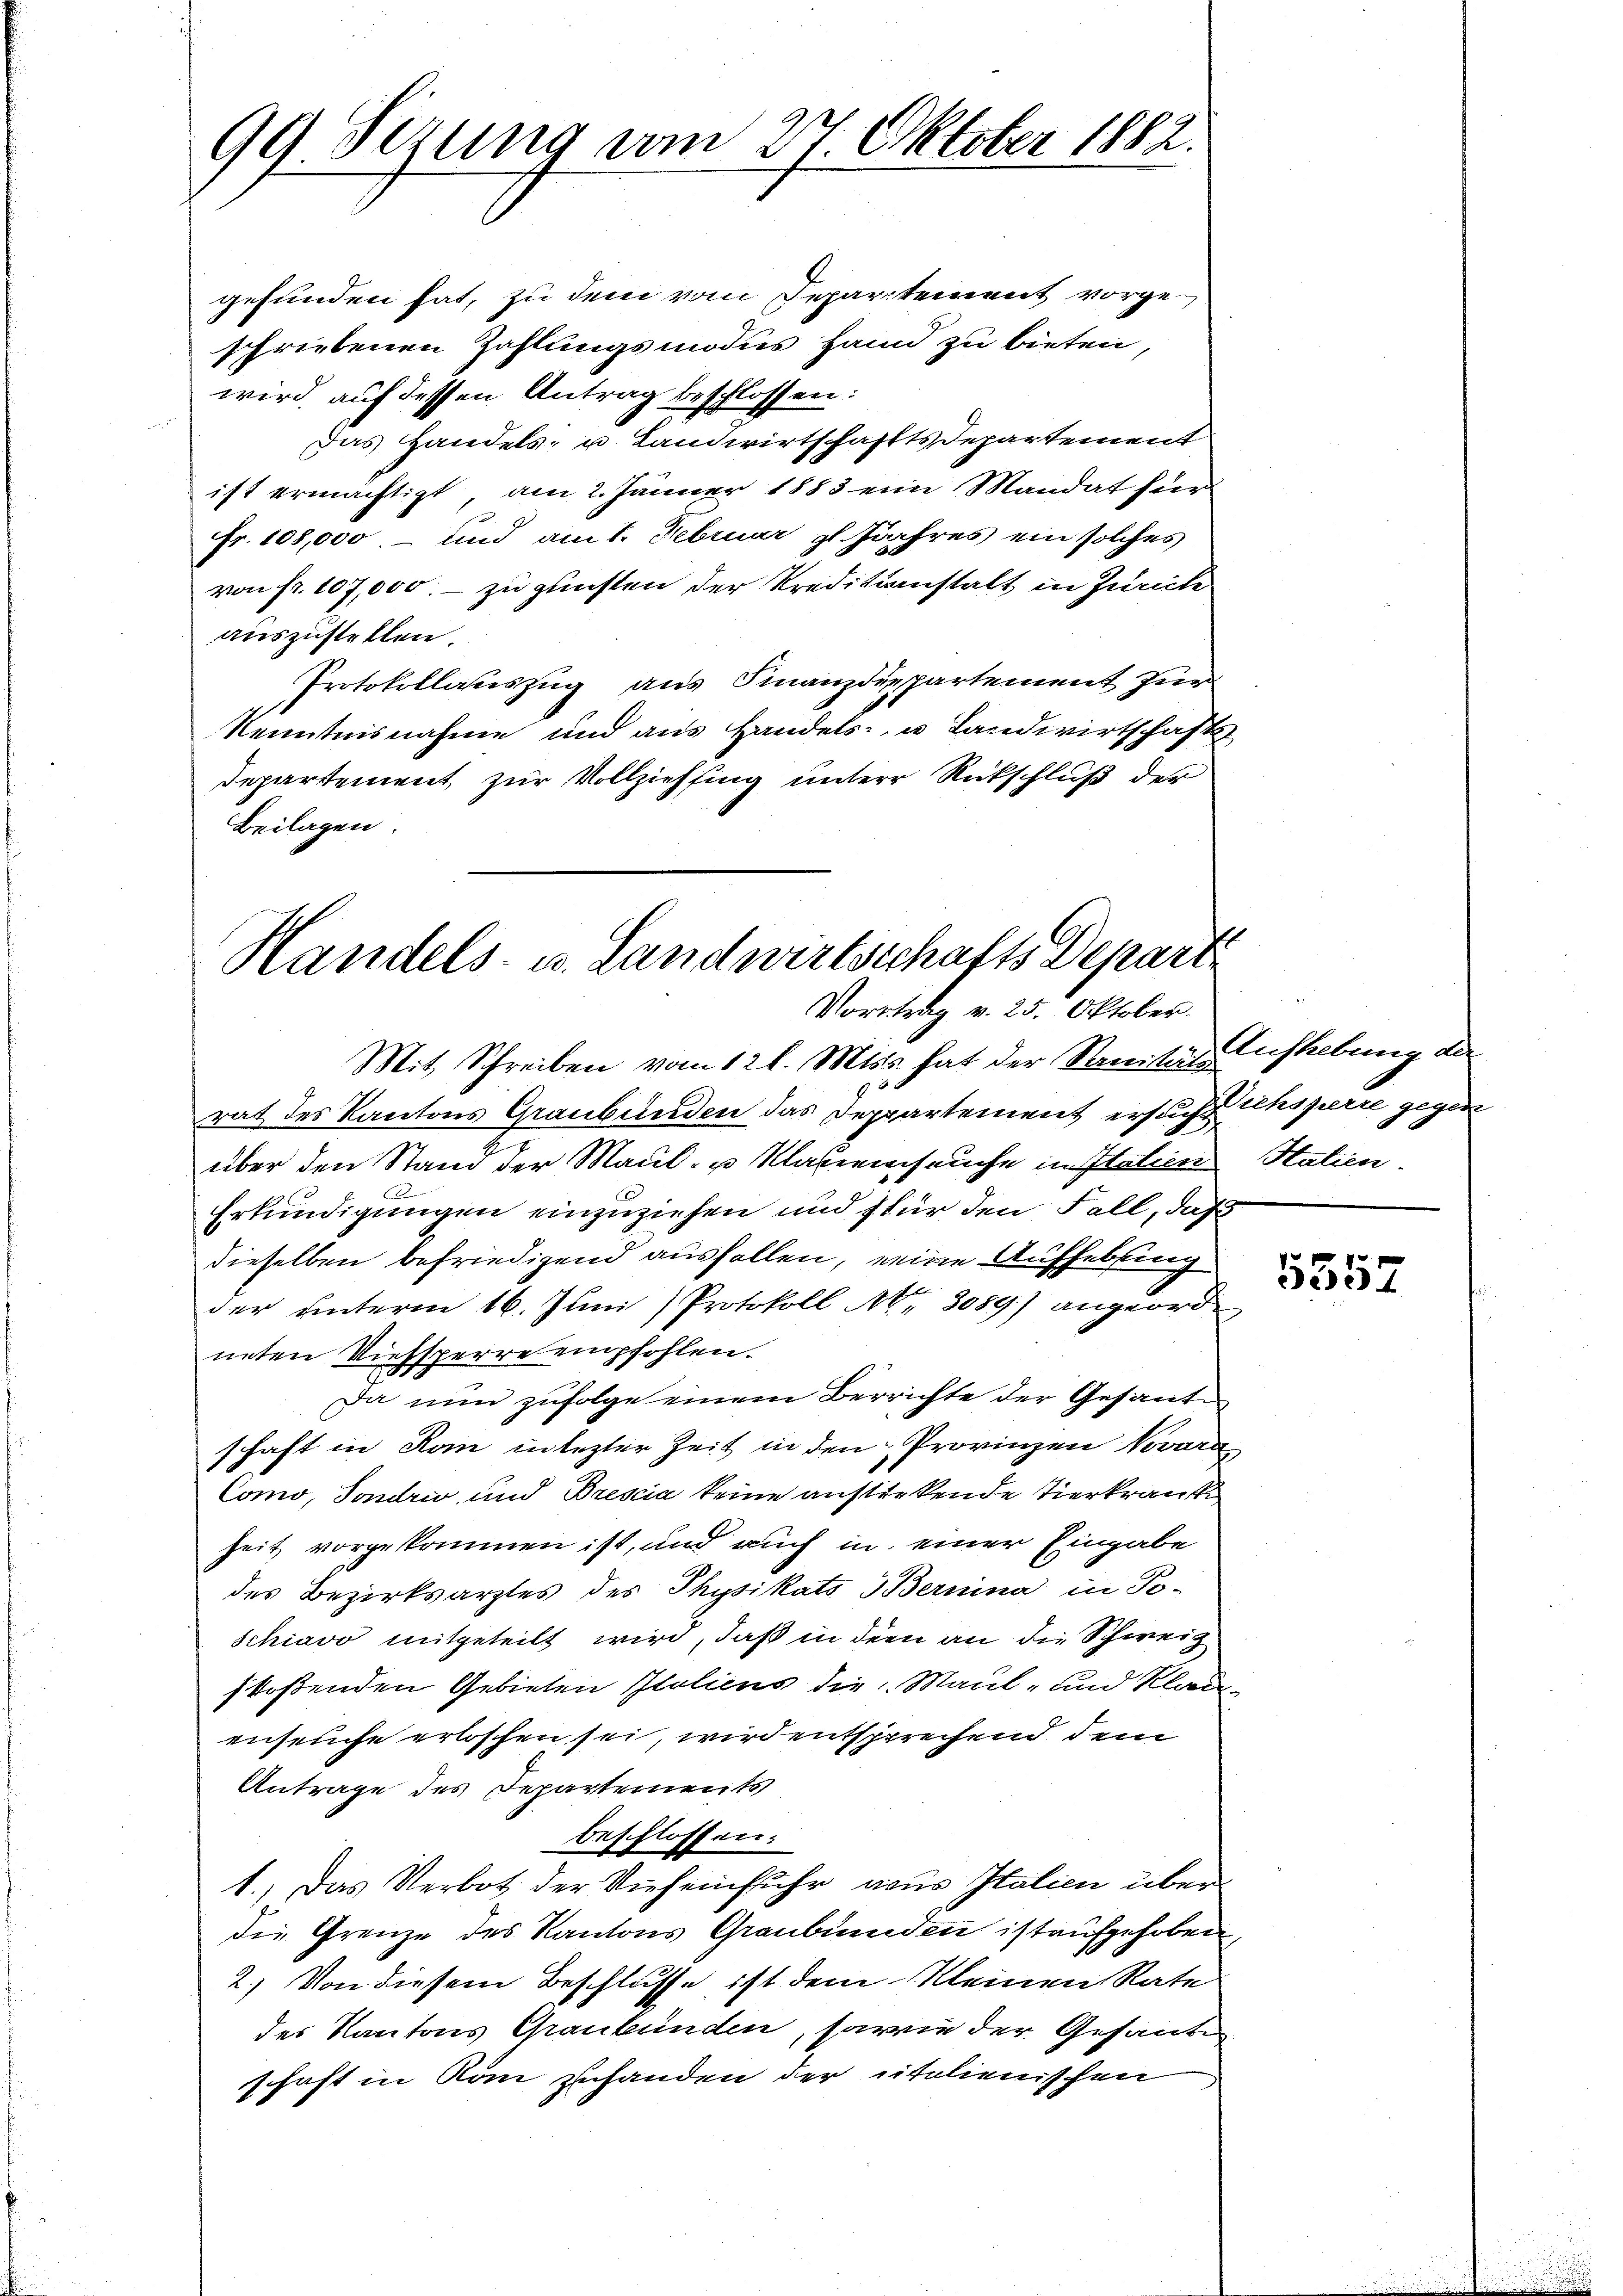
99. Sezung am 27. Oktober 1882.

gefunden hat, zu dem vom Departement vorgeschriebenen Zahlungsmodus Hand zu bieten,
wird auf dessen Antrag beschlossen:
Das Handels- u Landwirtschaffts Departement
ist ermächtigt, am 2. Jänner 1883 eine Mandat für
Fr. 108,000, – und am 1. Februar l. Jahres ein solches
von fr. 107,000. - zu gunsten der Kreditanstalt in Zürich
auszustellen.
Protokollauszug aus Finanzdepartement für
Kenntnisnahme und aus Handels- u Landwirtschafts
Departement zur Vollziehung unterer Rückschluß der
Beilagen.

Handels- u. Landwirtschafts Depart
Vortrag v. 25. Oktober.

Mit Schreiben vom 12 l. Miss. hat der Sanitäts
rat des Kantons Graubünden das Deppartement ersucht insperre gegen
über den Stand der Maul- u. Klabenseuche in Italien Statien
Erkundigungen einzuziehen und für den Fall, daß
dieselben befriedigend ausfallen, eine Aufhebung
der unterm 16. Juni Protokoll No 3089) angeordneten Viehsperre empfohlen.
Da nun zufolge einem Berrichte der Gesanten
schaft in Kan in lezter Zeit in den Provinzen Novara
Como, Sondriv und Brescia keine anstickende Tierkranke
Zeit vorgekommen ist, und auch in einer Eingabe
des Bezirksarztes des Physikats Bernina in Poschiavo mitgeteilt wird, daß in dem an die Schweiz
stoßenden Gebieten Italicus die Maul- und Klauenseuche erloschen sei, wird entsprechend dem
Antrage des Departements
beschlossen:
1.) Das Verbot der Vieheinfuhr aus Italien überdie Grenze des Kantons Graubünden ist aufgehoben,
2.) Von diesem Beschlusse ist dem Kleinen Rate
der Kantons Graubünden, sowie der Gesandten
schaft in Rom zuhanden der italienischen

Aufhebung der

5557